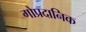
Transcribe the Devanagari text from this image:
गोप्रदानिक